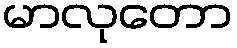
မာလုတော